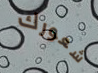
شعورك